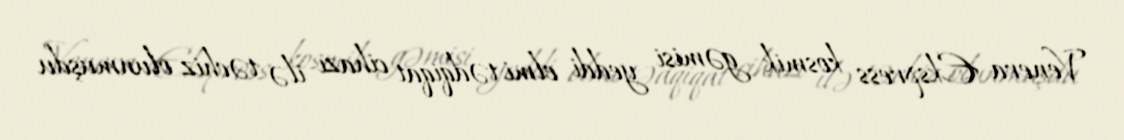
Venera Ekspress kosmik gəmisi yeddi elmi tədqiqat cihazı ilə təchiz olunmuşdu